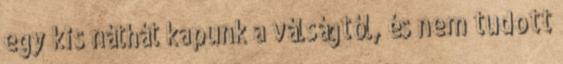
egy kis náthát kapunk a válságtól, és nem tudott